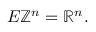
E \mathbb { Z } ^ { n } = \mathbb { R } ^ { n } .